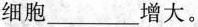
细胞___增大。